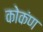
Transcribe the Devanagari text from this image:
कोकंण